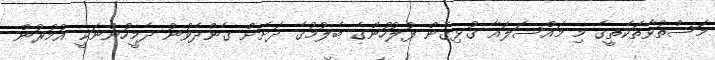
މަސްތުވާތަކެތީގެ މި މައްސަލައާ ގުޅިގެން ފުލުހުންގެ ބެލުމުގެ ދަށަށް ގެންދެވުނު ދެމީހުންނަކީ އުމުރުން